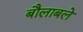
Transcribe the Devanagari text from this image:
बौलाबले